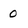
Character: 0